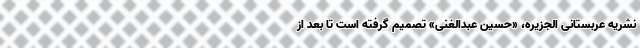
نشریه عربستانی الجزیره، «حسین عبدالغنی» تصمیم گرفته است تا بعد از